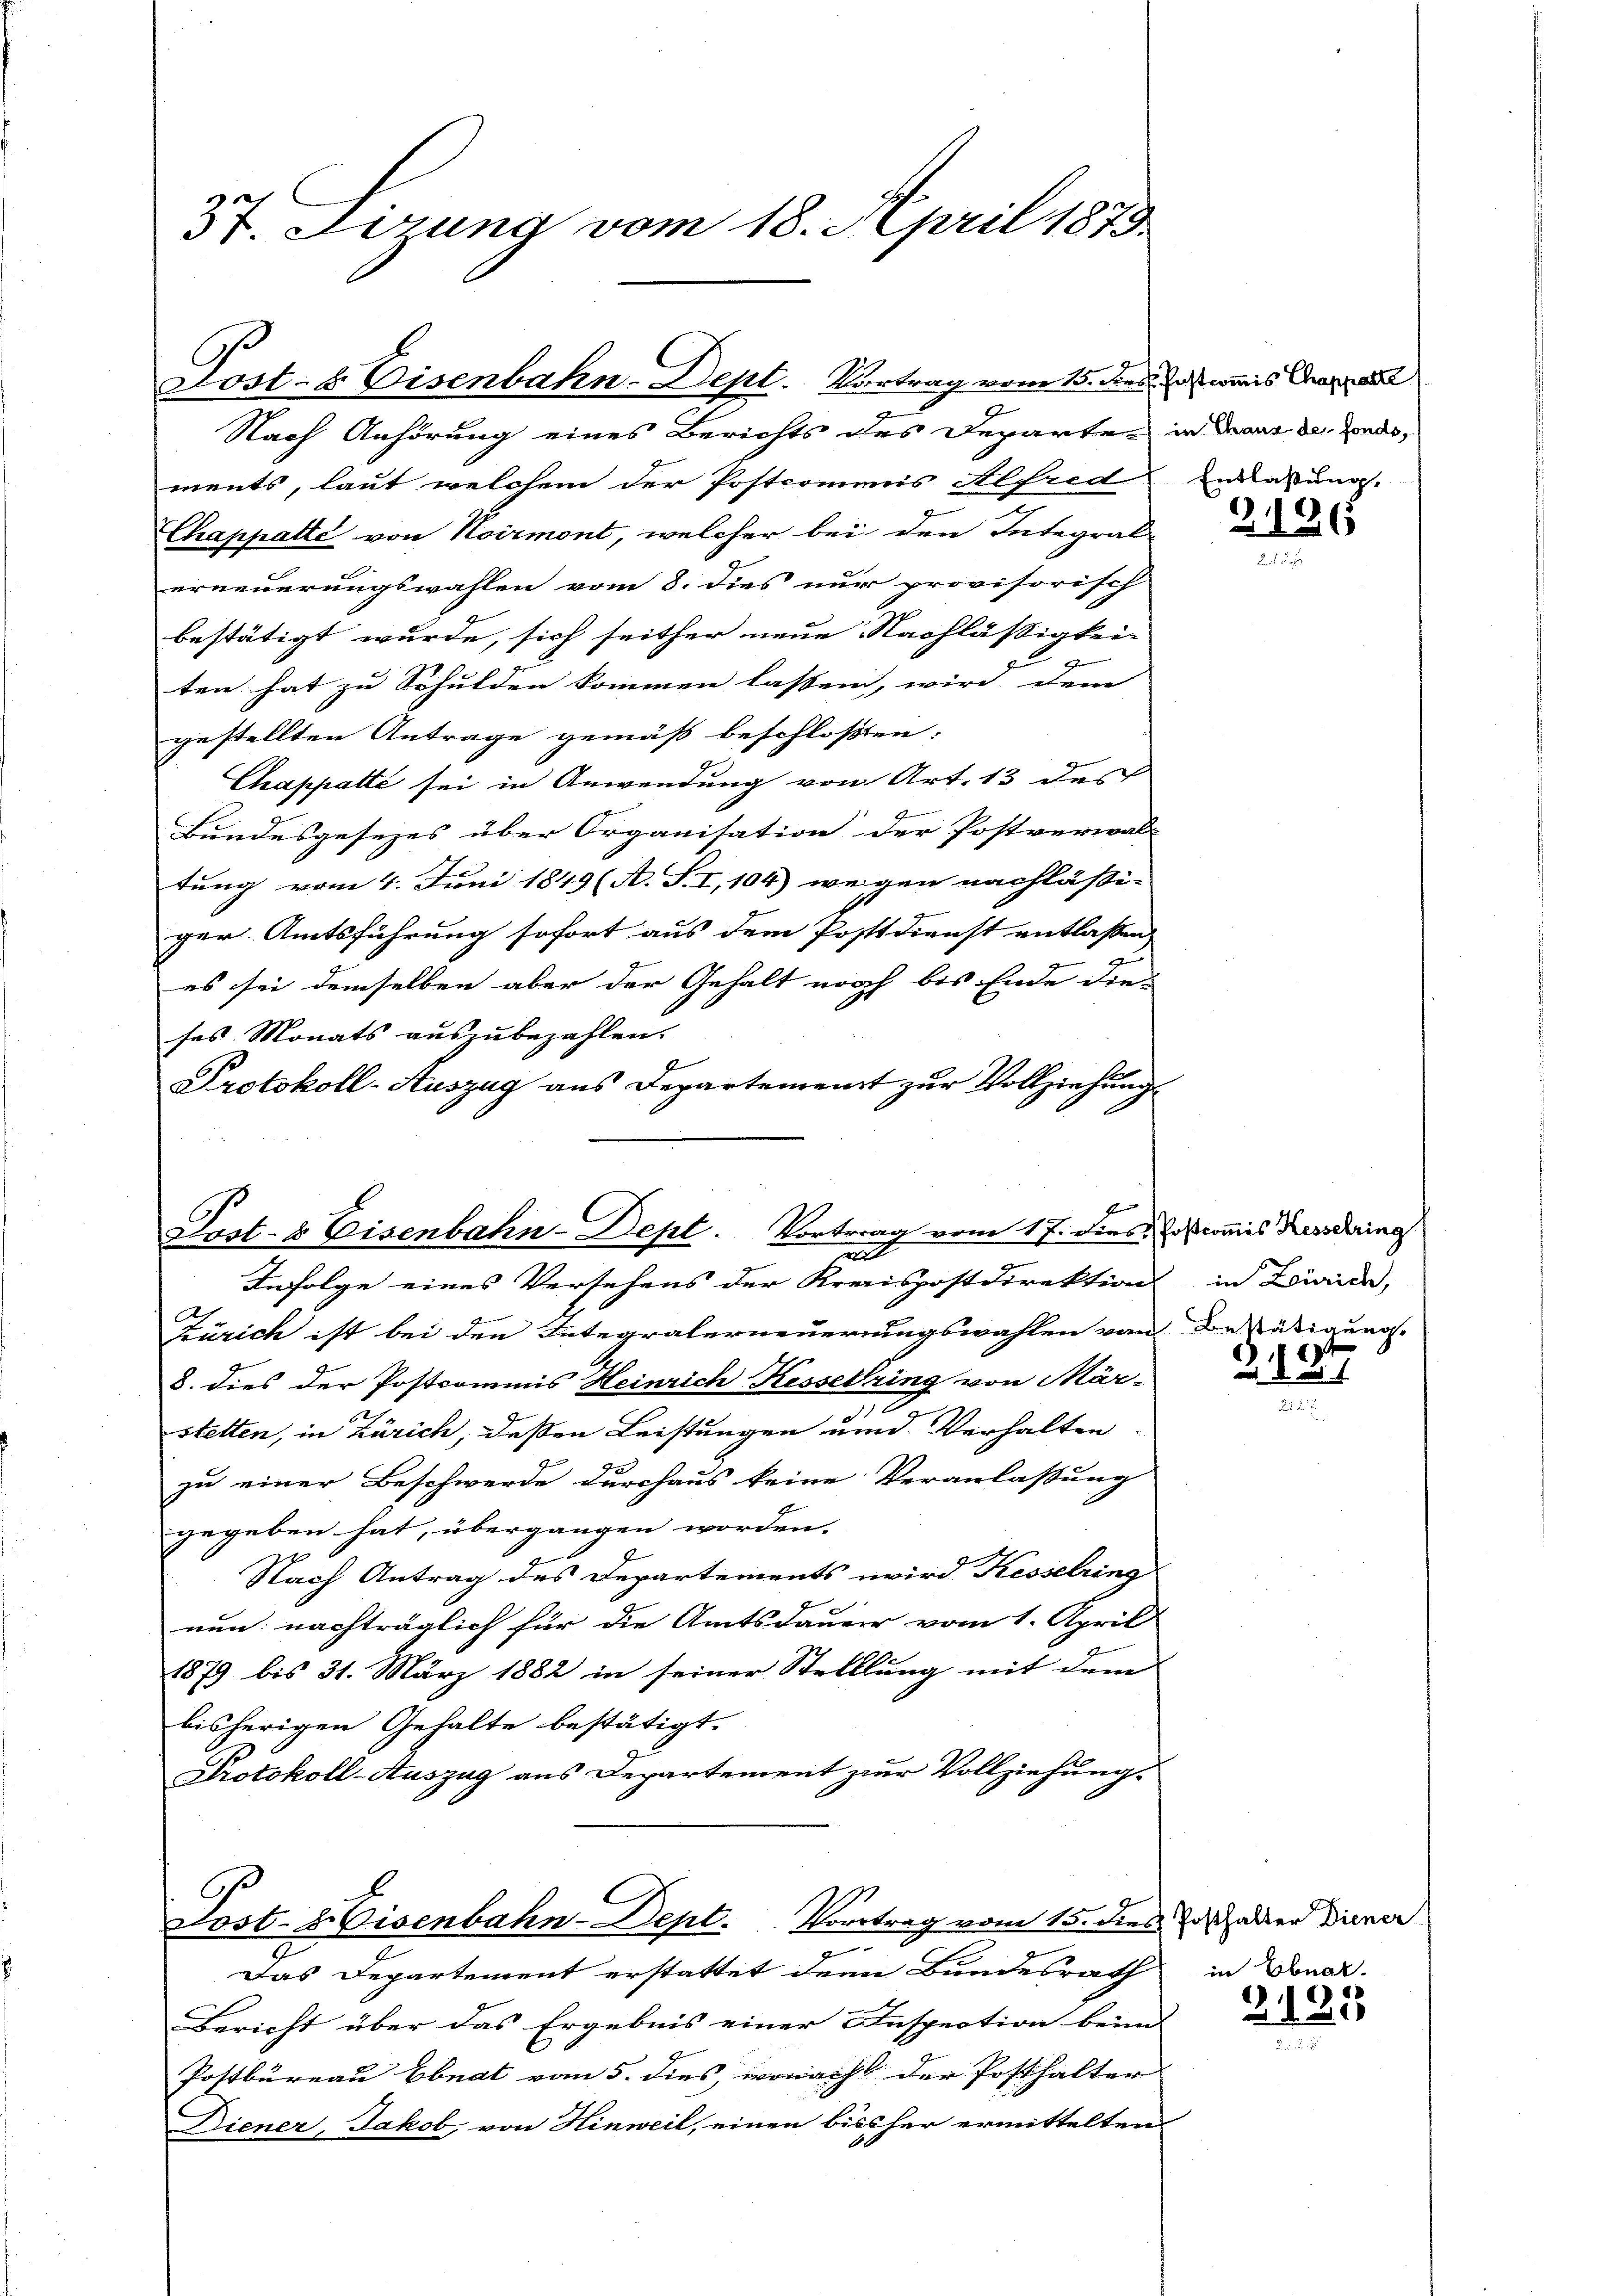
St. Gesung vom 18. April 1873

Lost- & Eisenbahn-Dept. Vortrag vom 15. dies waris Chara

Nach Anhörung eines Berichts des Departer in dann er sind,
ments, laut welchem der Postcommis Alfred Enderung.
Chappatte von Noirmont, welcher bei den Integral-
erneuerungswahlen vom 8. dies nur provisorisch
bestätigt wurde, sich seither neue Nachlässigkei-
ten hat zu Schulden kommen lassen, wird dem
gestellten Antrage gemäß beschlossen,
Chappatte sei in Anwendung von Art. 13 des
Bundesgesezes über Organisation der Postverwal-
tung vom 4. Juni 1849 (A. S. I, 104) wegen nachlässi- |
ger. Amtsführung sofort aus dem Posttdienst entlassen,
es sei demselben aber der Gehalt noch bis Ende die
ses Monats auszubezahlen.
Protokoll-Auszug aus Departement zur Vollziehung

f
Post- & Eisenbahn-Dept. Vortrag vom 17. dies
a

.
Vortrag vom 15. dies Erschalter Diener
Post-Eisenbahn-Dept.
g

Infolge eines Versehens der Kreispostdirektion in Louise,
Zürich ist bei den Integralerneuerungswahlen vom Bestätigungs-
8. dies der Postcommis Heinrich Kesselring von Mär-
.
stetten, in Zürich, deßen Leistungen und Verhalten
zu einer Beschwerde durchaus keine Veranlassung
gegeben hat, übergangen worden.
Nach Antrag des Departements wird Kesselring
nun: nachträglich für die Amtsdauer vom 1. April
1879 bis 31. März 1882 in seiner Stelllung mit dem
bisherigen Gehalte bestätigt.
Protokoll-Auszug aus Departement zur Vollziehung.

Das Departement erstattet denn Bundesrath
Bericht über das Ergebnis einer Inspection beim
Postbureau Ebnat vom 5. dies, wonacht der Posthalter
Diener, Jakob, von Hinweil, einen bissher ermittelten

2136

Postcommis Hesselring
)

1

in Ebnat.

2125